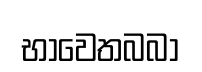
භාවෙතබබා